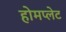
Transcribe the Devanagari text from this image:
होमप्लेट